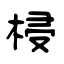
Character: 梫